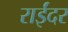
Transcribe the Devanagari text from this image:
राईंदर